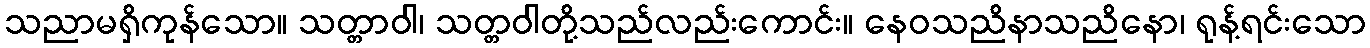
သညာမရှိကုန်သော။ သတ္တာဝါ၊ သတ္တဝါတို့သည်လည်းကောင်း။ နေဝသညိနာသညိနော၊ ရုန့်ရင်းသော